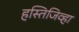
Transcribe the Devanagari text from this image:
हस्तिजिव्हा